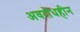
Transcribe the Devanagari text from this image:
अवरोधहीन